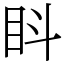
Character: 䀞